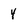
Character: 4